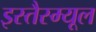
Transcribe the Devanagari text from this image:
इस्तैस्म्यूल